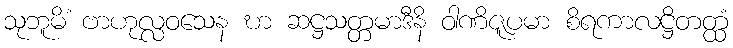
သုဘူမိံ ဗာဟုလ္လဝသေန ဎာ ဆဋ္ဌသတ္တမာဒီနိ ဝါဏိဇူပမာ စိရကာလဋ္ဌိတတ္ထံ